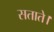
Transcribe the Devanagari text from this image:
सताते।